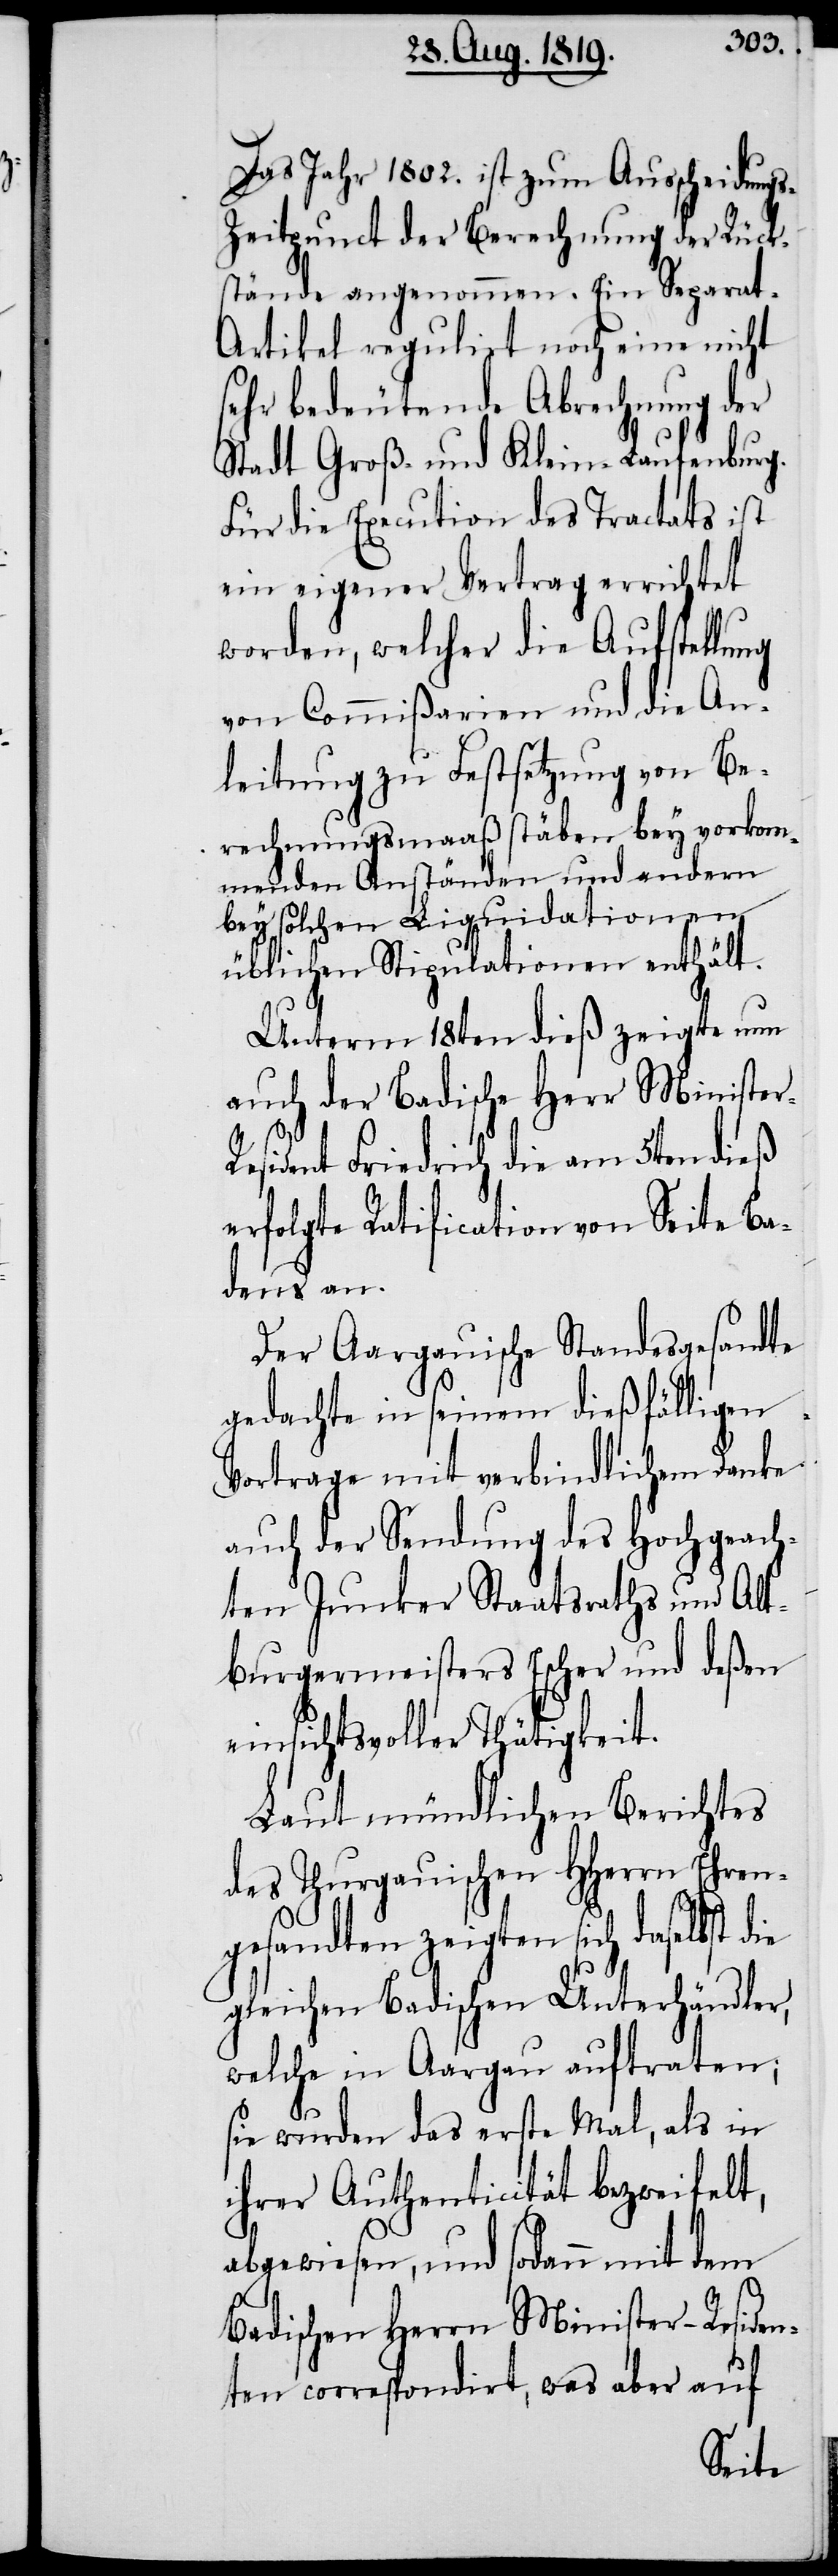
Das Jahr 1802. ist zum Ausscheidung¬
s-Zeitpunct der Berechnung der Rück¬
stände angenommen. Ein Separat-A¬
rtikel regulirt noch eine nicht
sehr bedeutende Abrechnung der
Stadt Groß- und Klein-Laufenburg.
Für die Execution des Tractats ist
ein eigener Vertrag errichtet
worden, welcher die Aufstellung
von Commißarien und die An¬
leitung zu Festsetzung von Be¬
rechnungsmaaßstäben bey vorkom¬
menden Anständen und andern
bey solchen Liquidationen
üblichen Stipulationen enthält.
Unterm 18ten dieß zeigte nun
auch der Badische Herr Ministe¬
sident Friedrich die am 5ten dieß
erfolgte Ratification von Seite Ba¬
dens an.
Der Aargauische Standesgesandte
gedachte in seinem dießfälligen
Vortrage mit verbindlichem Danke
auch der Sendung des Hochgeach¬
ten Junker Staatsraths und Alt¬
burgermeisters Escher und deßen
einsichtsvoller Thätigkeit.
Laut mündlichen Berichtes
des Thurgauischen HHerrn Ehren¬
gesandten zeigten sich daselbst die
gleichen Badischen Unterhändler,
welche in Aargau auftraten;
sie wurden das erste Mal, als in
ihrer Authenticität bezweifelt,
abgewiesen, und sodann mit dem
Badischen Herrn Minister-Reside¬
nten correspondirt, was aber auf
r-Re¬